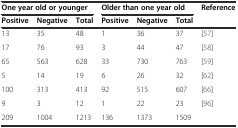
| <COLSPAN=3> One year old or younger | <COLSPAN=3> Older than one year old | Reference |
 | Positive | Negative | Total | Positive | Negative | Total |  |
 | --- | --- | --- | --- | --- | --- | --- |
 | 13 | 35 | 48 | 1 | 36 | 37 | [57] |
 | 17 | 76 | 93 | 3 | 44 | 47 | [58] |
 | 65 | 563 | 628 | 33 | 730 | 763 | [59] |
 | 5 | 14 | 19 | 6 | 26 | 32 | [62] |
 | 100 | 313 | 413 | 92 | 515 | 607 | [66] |
 | 9 | 3 | 12 | 1 | 22 | 23 | [96] |
 | 209 | 1004 | 1213 | 136 | 1373 | 1509 |  |